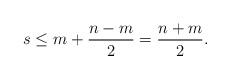
LaTeX: \begin{align*}s \leq m + \frac{n-m}{2} = \frac{n+m}{2}.\end{align*}